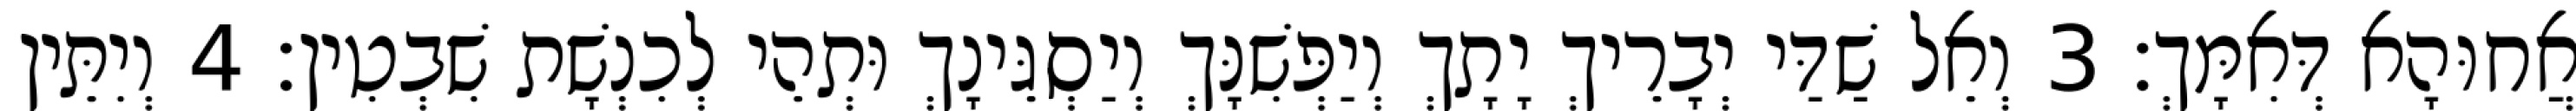
אֲחוּהָא דְּאִמָּךְ׃ 3 וְאֵל שַׁדַּי יְבָרֵיךְ יָתָךְ וְיַפְּשִׁנָּךְ וְיַסְגֵּינָךְ וּתְהֵי לְכִנְשָׁת שִׁבְטִין׃ 4 וְיִתֵּין